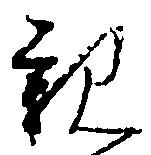
親